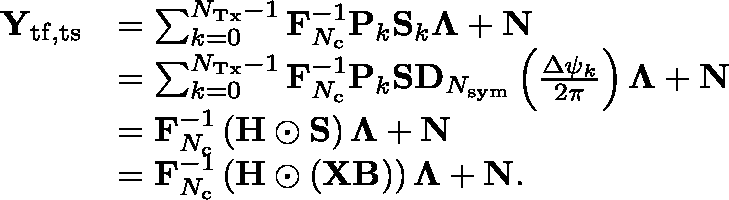
\begin{array} { r l } { \mathbf { Y } _ { \mathrm { t f , t s } } } & { = \sum _ { k = 0 } ^ { N _ { \mathrm { T x } } - 1 } \mathbf { F } _ { N _ { \mathrm { c } } } ^ { - 1 } \mathbf { P } _ { k } \mathbf { S } _ { k } \mathbf { \Lambda } + \mathbf { N } } \\ & { = \sum _ { k = 0 } ^ { N _ { \mathrm { T x } } - 1 } \mathbf { F } _ { N _ { \mathrm { c } } } ^ { - 1 } \mathbf { P } _ { k } \mathbf { S } \mathbf { D } _ { N _ { \mathrm { s y m } } } \left( \frac { \Delta \psi _ { k } } { 2 \pi } \right) \mathbf { \Lambda } + \mathbf { N } } \\ & { = \mathbf { F } _ { N _ { \mathrm { c } } } ^ { - 1 } \left( \mathbf { H } \odot \mathbf { S } \right) \mathbf { \Lambda } + \mathbf { N } } \\ & { = \mathbf { F } _ { N _ { \mathrm { c } } } ^ { - 1 } \left( \mathbf { H } \odot \left( \mathbf { X } \mathbf { B } \right) \right) \mathbf { \Lambda } + \mathbf { N } . } \end{array}